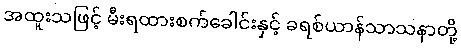
အထူးသဖြင့် မီးရထားစက်ခေါင်းနှင့် ခရစ်ယာန်သာသနာတို့